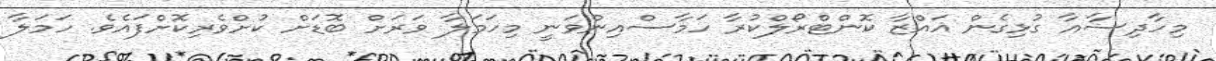
މިހާދިސާއާ ގުޅިގެން ޣައްޒާ ކޮންޓްރޯލްކުރާ ހަމާސްއިންވަނީ މިހަމަލާ ވަރަށް ބޮޑަށް ކުށްވެރިކޮށްފައެވެ. ހަމަލާ